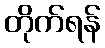
တိုက်ရန်